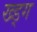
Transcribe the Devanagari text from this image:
ख्ड्ग